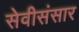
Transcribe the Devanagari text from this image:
सेवीसंसार